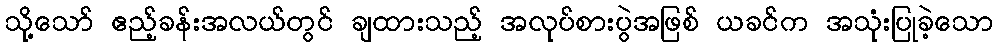
သို့သော် ဧည့်ခန်းအလယ်တွင် ချထားသည့် အလုပ်စားပွဲအဖြစ် ယခင်က အသုံးပြုခဲ့သော